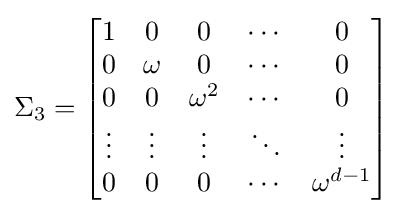
\Sigma _{3}={\begin{bmatrix}1&0&0&\cdots &0\\0&\omega &0&\cdots &0\\0&0&\omega ^{2}&\cdots &0\\\vdots &\vdots &\vdots &\ddots &\vdots \\0&0&0&\cdots &\omega ^{d-1}\end{bmatrix}}